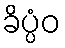
ခိပ္ပံဝ